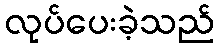
လုပ်ပေးခဲ့သည်